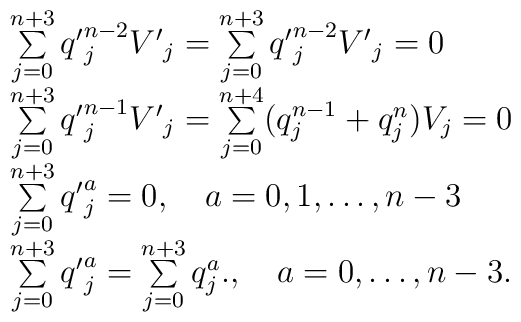
\begin {array}{lcr}\sum\limits _{j=0}^{n+3} {q'}^{n-2}_j {V'}_j= \sum\limits _{j=0}^{n+3} {q'}^{n-2}_j{V'}_j=0 \\ \sum\limits _{j=0}^{n+3} {q'}^{n-1}_j{V'}_j= \sum\limits _{j=0}^{n+4}(q^{n-1}_j + q^{n}_j) V_j=0 \\ \sum\limits _{j=0}^{n+3} {q'}^a_j=0,\quad a=0,1,\ldots,n-3 \\ \sum\limits _{j=0}^{n+3} {q'}^a_j=\sum\limits _{j=0}^{n+3}q^a_j.,\quad a=0,\ldots, n-3.\end{array}